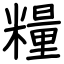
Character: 糧